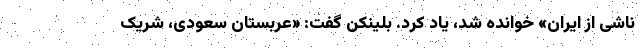
ناشی از ایران» خوانده شد، یاد کرد. بلینکن گفت: «عربستان سعودی، شریک